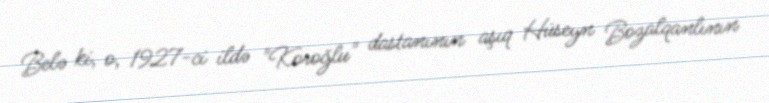
Belə ki, o, 1927-ci ildə "Koroğlu" dastanının aşıq Hüseyn Bozalqanlının